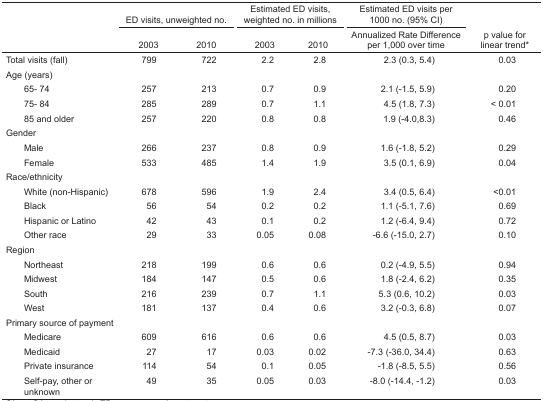
<table><thead><tr><td rowspan="3"></td><td colspan="2"><b>ED visits, unweighted no.</b></td><td colspan="2"><b>Estimated ED visits, weighted no. in millions</b></td><td><b>Estimated ED visits per 1000 no. (95% CI)</b></td><td rowspan="3"><b>p value for linear trend*</b></td></tr><tr><td><b>2003</b></td><td><b>2010</b></td><td><b>2003</b></td><td><b>2010</b></td><td><b>Annualized Rate Difference per 1,000 over time</b></td></tr></thead><tbody><tr><td>Total visits (fall)</td><td>799</td><td>722</td><td>2.2</td><td>2.8</td><td>2.3 (0.3, 5.4)</td><td>0.03</td></tr><tr><td colspan="7">Age (years)</td></tr><tr><td> 65–74</td><td>257</td><td>213</td><td>0.7</td><td>0.9</td><td>2.1 (−1.5, 5.9)</td><td>0.20</td></tr><tr><td> 75–84</td><td>285</td><td>289</td><td>0.7</td><td>1.1</td><td>4.5 (1.8, 7.3)</td><td>&lt; 0.01</td></tr><tr><td> 85 and older</td><td>257</td><td>220</td><td>0.8</td><td>0.8</td><td>1.9 (−4.0,8.3)</td><td>0.46</td></tr><tr><td colspan="7">Gender</td></tr><tr><td> Male</td><td>266</td><td>237</td><td>0.8</td><td>0.9</td><td>1.6 (−1.8, 5.2)</td><td>0.29</td></tr><tr><td> Female</td><td>533</td><td>485</td><td>1.4</td><td>1.9</td><td>3.5 (0.1, 6.9)</td><td>0.04</td></tr><tr><td colspan="7">Race/ethnicity</td></tr><tr><td> White (non-Hispanic)</td><td>678</td><td>596</td><td>1.9</td><td>2.4</td><td>3.4 (0.5, 6.4)</td><td>&lt;0.01</td></tr><tr><td> Black</td><td>56</td><td>54</td><td>0.2</td><td>0.2</td><td>1.1 (−5.1, 7.6)</td><td>0.69</td></tr><tr><td> Hispanic or Latino</td><td>42</td><td>43</td><td>0.1</td><td>0.2</td><td>1.2 (−6.4, 9.4)</td><td>0.72</td></tr><tr><td> Other race</td><td>29</td><td>33</td><td>0.05</td><td>0.08</td><td>−6.6 (−15.0, 2.7)</td><td>0.10</td></tr><tr><td colspan="7">Region</td></tr><tr><td> Northeast</td><td>218</td><td>199</td><td>0.6</td><td>0.6</td><td>0.2 (−4.9, 5.5)</td><td>0.94</td></tr><tr><td> Midwest</td><td>184</td><td>147</td><td>0.5</td><td>0.6</td><td>1.8 (−2.4, 6.2)</td><td>0.35</td></tr><tr><td> South</td><td>216</td><td>239</td><td>0.7</td><td>1.1</td><td>5.3 (0.6, 10.2)</td><td>0.03</td></tr><tr><td> West</td><td>181</td><td>137</td><td>0.4</td><td>0.6</td><td>3.2 (−0.3, 6.8)</td><td>0.07</td></tr><tr><td colspan="7">Primary source of payment</td></tr><tr><td> Medicare</td><td>609</td><td>616</td><td>0.6</td><td>0.6</td><td>4.5 (0.5, 8.7)</td><td>0.03</td></tr><tr><td> Medicaid</td><td>27</td><td>17</td><td>0.03</td><td>0.02</td><td>−7.3 (−36.0, 34.4)</td><td>0.63</td></tr><tr><td> Private insurance</td><td>114</td><td>54</td><td>0.1</td><td>0.05</td><td>−1.8 (−8.5, 5.5)</td><td>0.56</td></tr><tr><td> Self-pay, other or unknown</td><td>49</td><td>35</td><td>0.05</td><td>0.03</td><td>−8.0 (−14.4, −1.2)</td><td>0.03</td></tr></tbody></table>